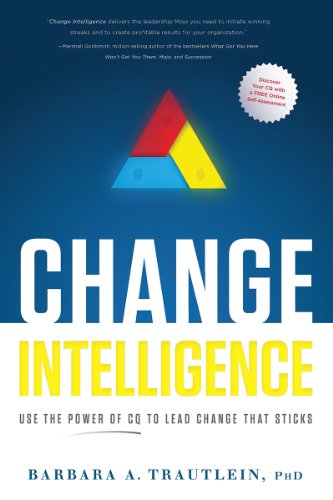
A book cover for Change Intelligence: Use the Power of CQ to Lead Change That Sticks; Barbara A. Trautlein; Business & Money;